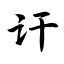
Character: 讦